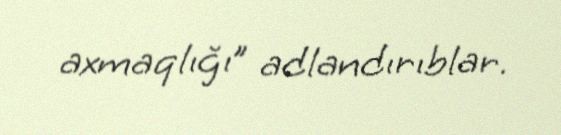
axmaqlığı” adlandırıblar.